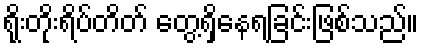
ရိုးတိုးရိပ်တိတ် တွေ့ရှိနေရခြင်းဖြစ်သည်။